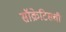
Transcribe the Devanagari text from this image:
सॉक्रेटिसची